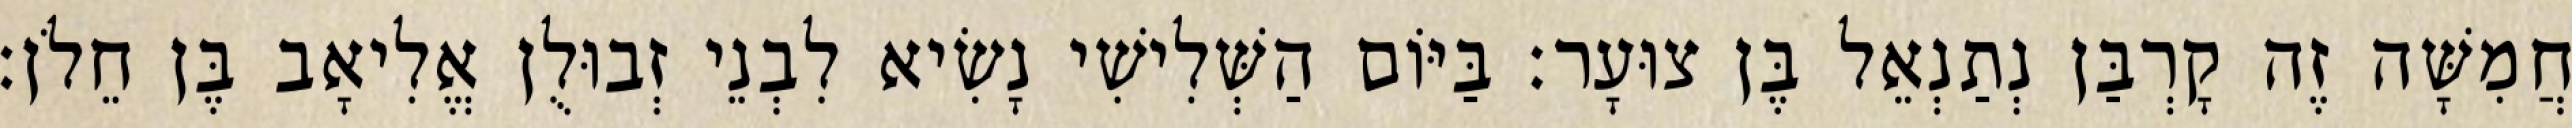
חֲמִשָּׁה זֶה קָרְבַּן נְתַנְאֵל בֶּן צוּעָר׃ בַּיּוֹם הַשְּׁלִישִׁי נָשִׂיא לִבְנֵי זְבוּלֻן אֱלִיאָב בֶּן חֵלֹן׃